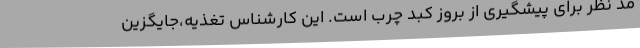
مد نظر برای پیشگیری از بروز کبد چرب است. این کارشناس تغذیه،جایگزین